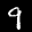
Label: 9